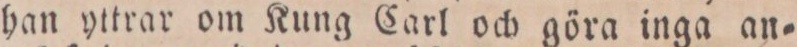
han yttrar om Kung Carl och göra inga an=